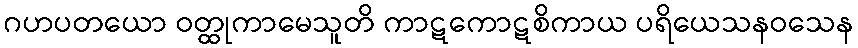
ဂဟပတယော ဝတ္ထုကာမေသူတိ ကာဋကောဋစိကာယ ပရိယေသနဝသေန